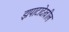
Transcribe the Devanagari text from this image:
झपाटादेखील